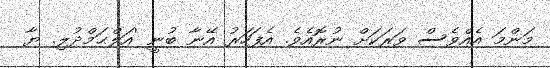
މަންމަ އެއްވެސް ވަރަކަށް ނުރޮއެވެ. އެފަހަރު އޭނާ ބުނީ 'އަލްޙަމްދުލި. ޔާ